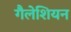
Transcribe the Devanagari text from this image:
गैलेशियन